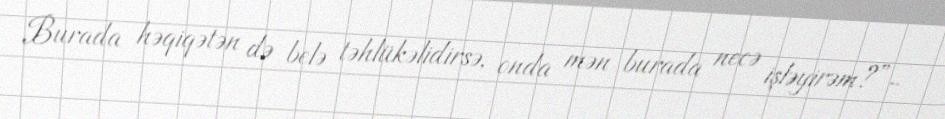
Burada həqiqətən də belə təhlükəlidirsə, onda mən burada necə işləyirəm?”-